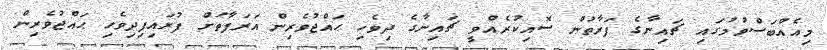
މިއެއްބަސްވުމުގައި ޗައިނާގެ ފަރާތުން ސޮއިކުރެއްވީ ޗައިނާގެ ދިވެހި ޙައްޖުވެރިން އަރަފާތަށް ފުރައިފިދިވެހި ޙައްޖުވެރިން